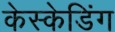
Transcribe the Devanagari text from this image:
केस्केडिंग